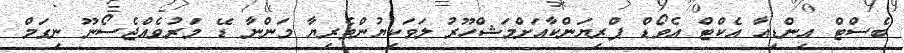
ބެސްޓް އިންޑިއާ އެކްޓްް އެވޯޑް ޕްރިޔަންކާއަށްމަޝްހޫރު ލަވަކިޔުންތެރިޔާ މަންނާ ޑޭ މަރުވެއްޖެސޯނޫ ނިގަމް